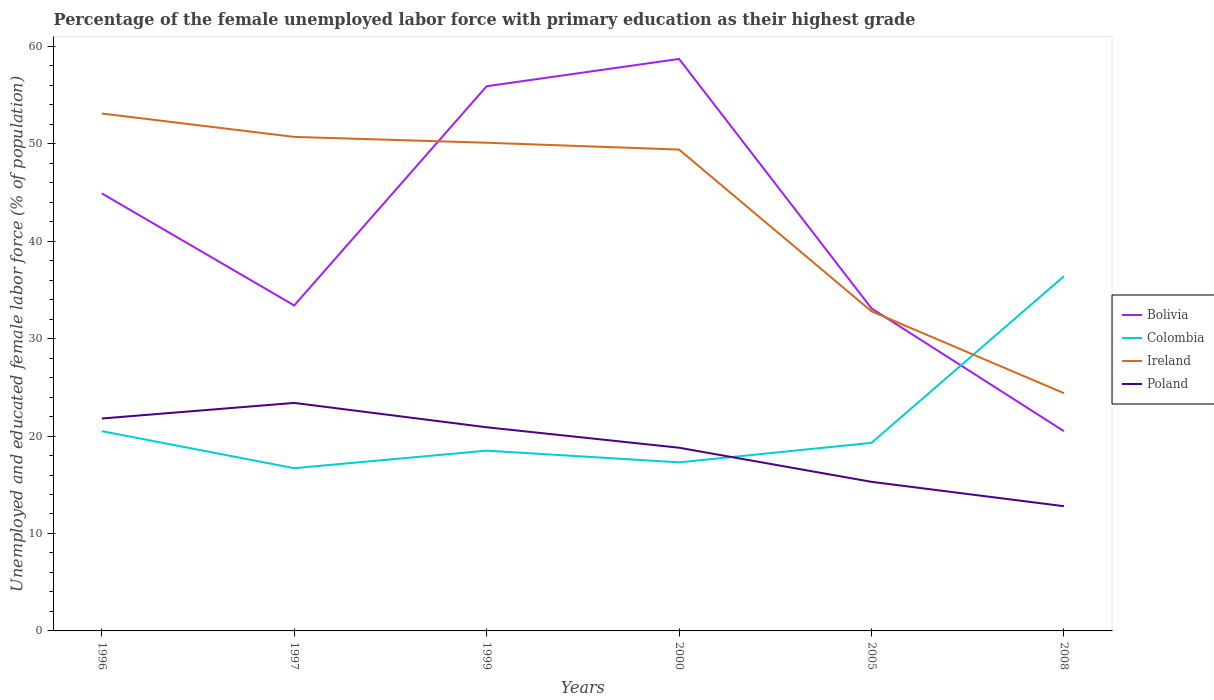
| Years | Bolivia | Colombia | Ireland | Poland |
 | --- | --- | --- | --- | --- |
 | 1996 | 44.9 | 20.5 | 53.1 | 21.8 |
 | 1997 | 33.4 | 16.7 | 50.7 | 23.4 |
 | 1999 | 55.9 | 18.5 | 50.1 | 20.9 |
 | 2000 | 58.7 | 17.3 | 49.4 | 18.8 |
 | 2005 | 33.1 | 19.3 | 32.8 | 15.3 |
 | 2008 | 20.5 | 36.4 | 24.4 | 12.8 |